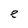
Character: e